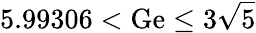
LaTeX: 5.99306<\mathrm{Ge}\le 3\sqrt{5}